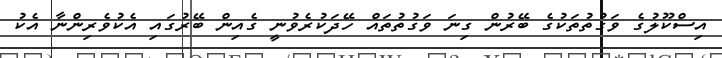
އިސްކޫލުގެ ވަގުތުތަކުގެ ބޭރުން ގިނަ ވަގުތުތައް ހޭދަކުރެވުނީ ގެއިން ބޭރުގައި އެކުވެރިންނާ އެކު